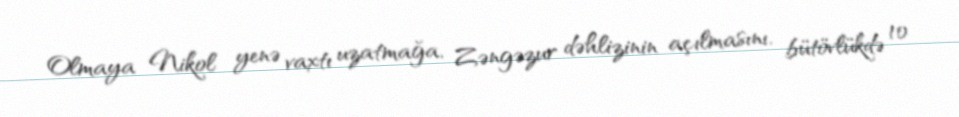
Olmaya Nikol yenə vaxtı uzatmağa, Zəngəzur dəhlizinin açılmasını, bütövlükdə 10